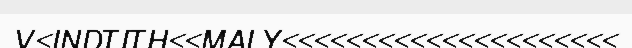
V<INDTITH<<MALY<<<<<<<<<<<<<<<<<<<<<